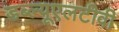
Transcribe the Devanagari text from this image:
डब्ल्यूएलटीवी